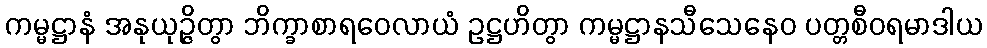
ကမ္မဋ္ဌာနံ အနုယုဉ္ဇိတွာ ဘိက္ခာစာရဝေလာယံ ဥဋ္ဌဟိတွာ ကမ္မဋ္ဌာနသီသေနေဝ ပတ္တစီဝရမာဒါယ